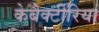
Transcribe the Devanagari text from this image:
केबैक्टीरिया